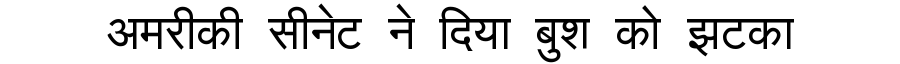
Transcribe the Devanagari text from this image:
अमरीकी सीनेट ने दिया बुश को झटका